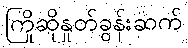
ကြိုဆိုနှုတ်ခွန်းဆက်